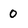
Character: 0